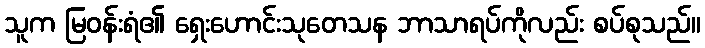
သူက မြဝန်းရံ၏ ရှေးဟောင်းသုတေသန ဘာသာရပ်ကိုလည်း စပ်စုသည်။